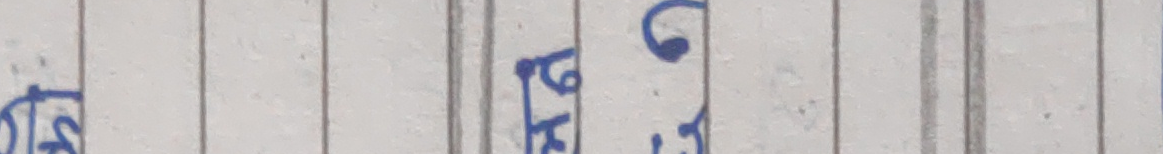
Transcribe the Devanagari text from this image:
ষ্ট टो गो